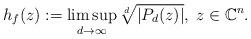
LaTeX: \begin{align*}h_f(z):=\limsup_{d\to\infty}\root{d}\of{|P_d(z)|},\;z\in\mathbb C^n.\end{align*}